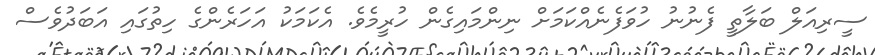
ސީރިއަލް ބަލާތީ ފެނުނު ހުވަފެނެއްކަމަށް ނިންމައިގެން ހުރީމެވެ. އެކަމަކު އަހަރެންގެ ހިތުގައި އަބަދުވެސް